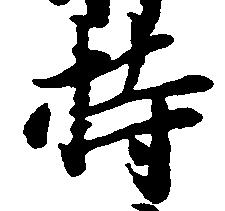
持